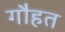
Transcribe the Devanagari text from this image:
गौहत